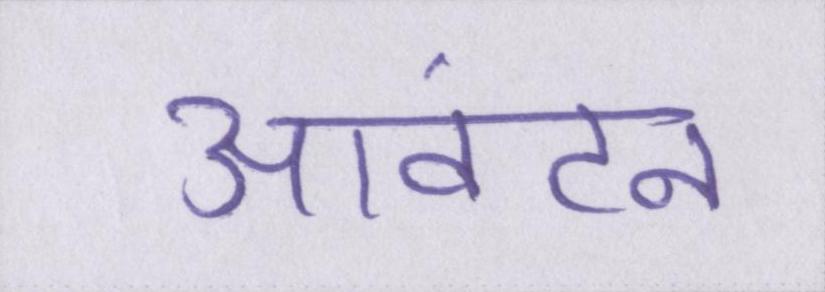
आवंटन